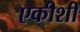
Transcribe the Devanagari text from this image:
एकीशी